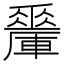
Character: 𨏇